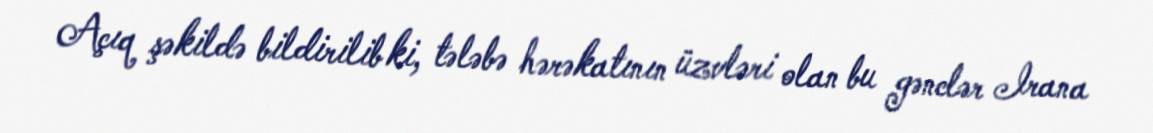
Açıq şəkildə bildirilib ki, tələbə hərəkatının üzvləri olan bu gənclər Irana